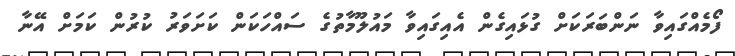
ފޯމެއްގައިވާ ނަންބަރަކަށް ގުޅައިގެން އެއިގައިވާ މައުލޫމާތުގެ ސައްހަކަން ކަށަވަރު ކުރުން ކަމަށް އޭނާ